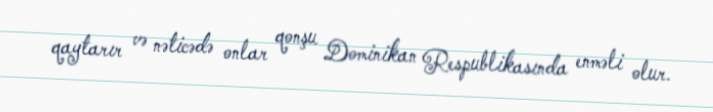
qaytarır və nəticədə onlar qonşu Dominikan Respublikasında enməli olur.